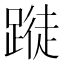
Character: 𨃝